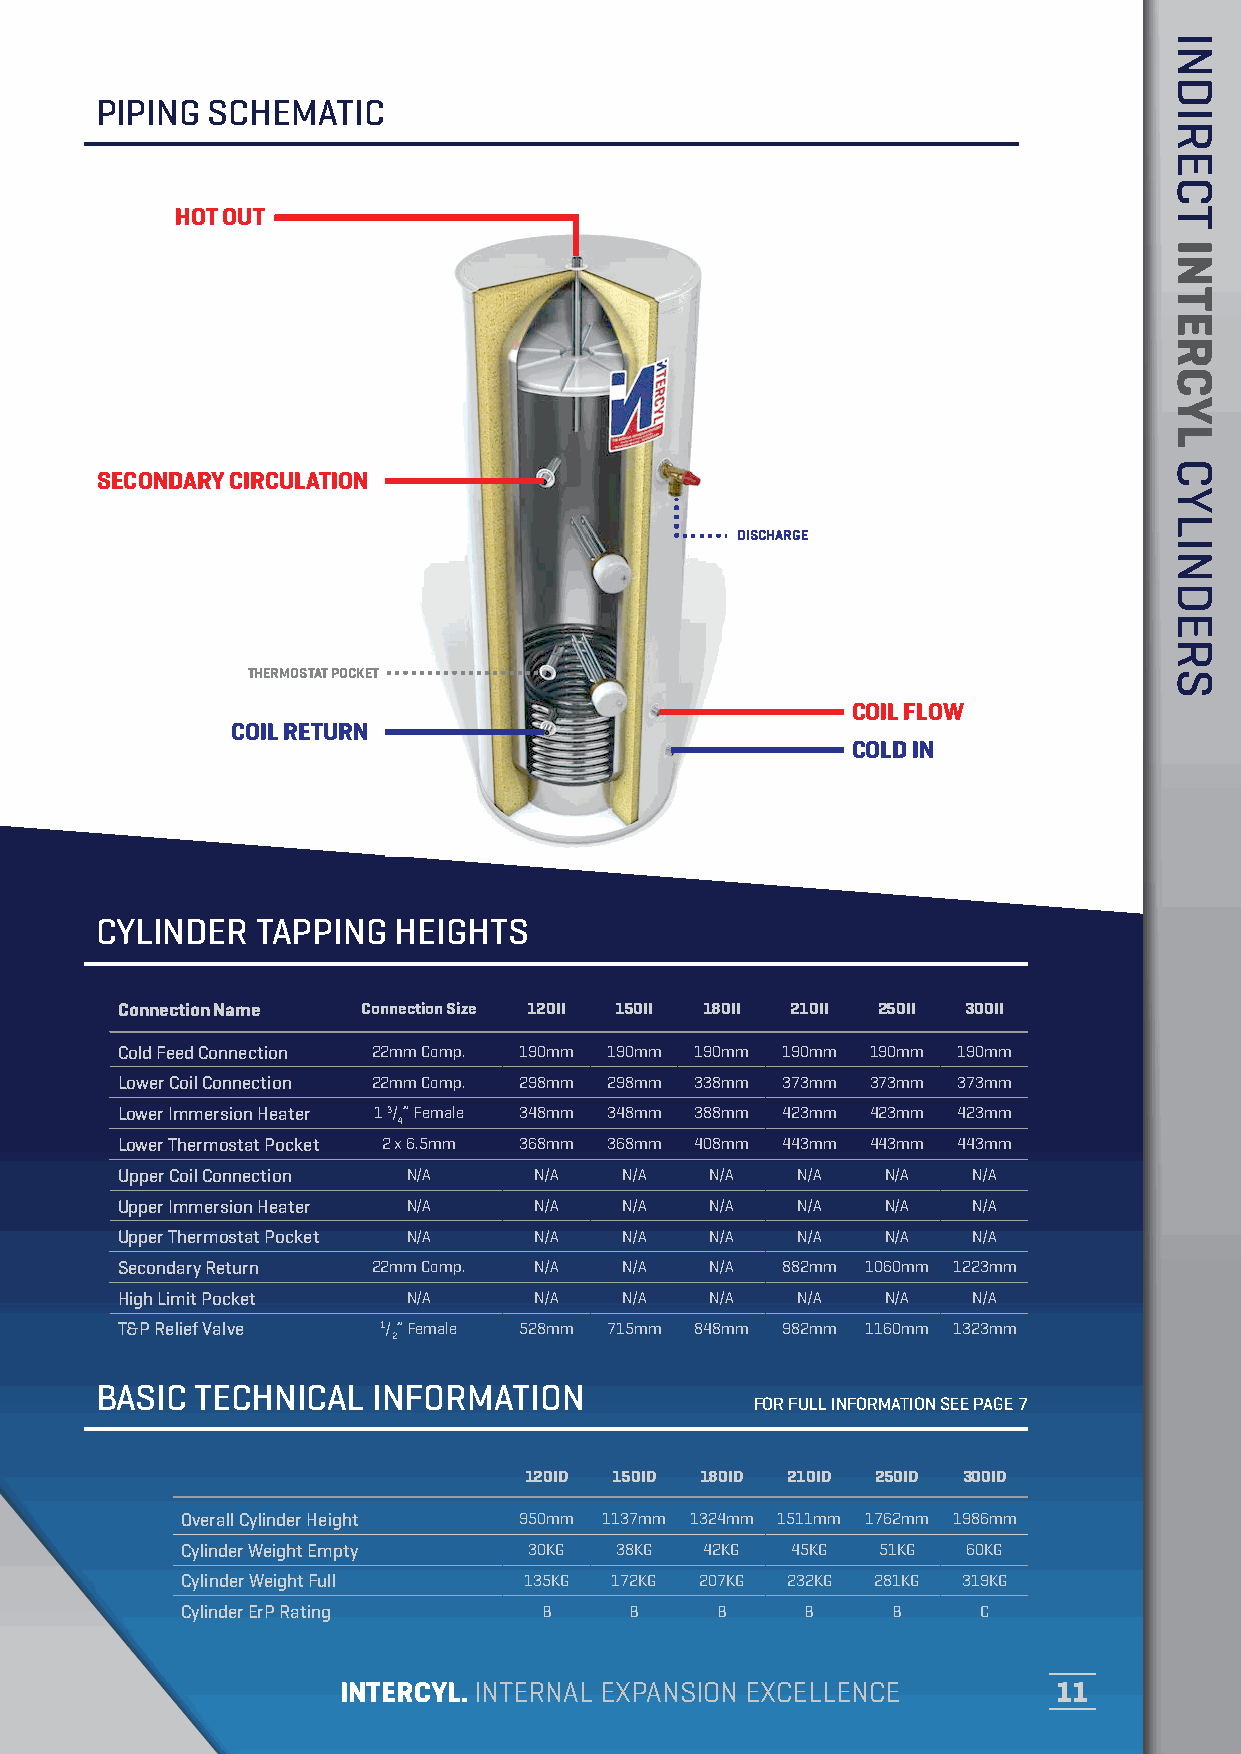
PIPING  SCHEMATIC
 HOT OUT
 SECONDARY CIRCULATION
 DISCHARGE
 THERMOSTAT POCKET
 COIL FLOW
 COIL RETURN
 COLD IN
 CYLINDER   TAPPING  HEIGHTS
 Connection Name Connection Size 120II 150II 180II 210II 250II 300II
 Cold Feed Connection 22mm Comp. 190mm 190mm 190mm 190mm 190mm 190mm
 Lower Coil Connection 22mm Comp. 298mm 298mm 338mm 373mm 373mm 373mm
 Lower Immersion Heater 1 3/” Female 348mm 348mm 388mm 423mm 423mm 423mm
 4
 Lower Thermostat Pocket 2 x 6.5mm 368mm 368mm 408mm 443mm 443mm 443mm
 Upper Coil Connection N/A  N/A   N/A   N/A   N/A   N/A  N/A
 Upper Immersion Heater N/A N/A   N/A   N/A   N/A   N/A  N/A
 Upper Thermostat Pocket N/A N/A  N/A   N/A   N/A   N/A  N/A
 Secondary Return 22mm Comp. N/A  N/A   N/A  882mm 1060mm 1223mm
 High Limit Pocket  N/A     N/A   N/A   N/A   N/A   N/A  N/A
 T&P Relief Valve 1/” Female 528mm 715mm 848mm 982mm 1160mm 1323mm
 2
 BASIC  TECHNICAL   INFORMATION
 FOR FULL INFORMATION SEE PAGE 7
 120ID 150ID 180ID 210ID 250ID 300ID
 Overall Cylinder Height 950mm 1137mm 1324mm 1511mm 1762mm 1986mm
 Cylinder Weight Empty  30KG  38KG  42KG 45KG  51KG  60KG
 Cylinder Weight Full   135KG 172KG 207KG 232KG 281KG 319KG
 Cylinder ErP Rating     B     B    B     B     B     C
 INTERCYL. INTERNAL EXPANSION EXCELLENCE        11
 INDIRECT
 INTERCYL
 CYLINDERS